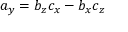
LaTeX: a _ { y } = b _ { z } c _ { x } - b _ { x } c _ { z }